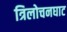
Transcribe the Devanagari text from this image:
त्रिलोचनघाट